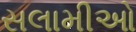
સલામીઓ